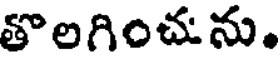
తొలగించును.